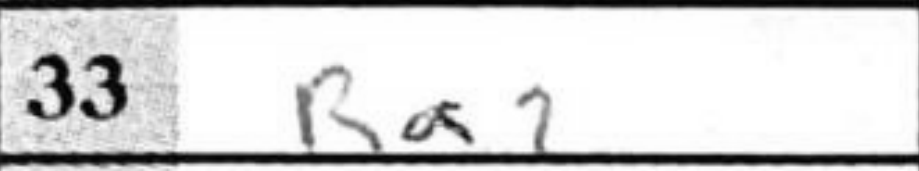
Transcription: Ra2